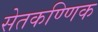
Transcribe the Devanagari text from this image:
सेतकण्णिक